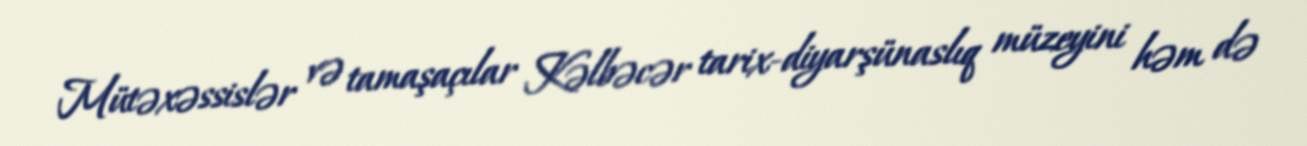
Mütəxəssislər və tamaşaçılar Kəlbəcər tarix-diyarşünaslıq müzeyini həm də